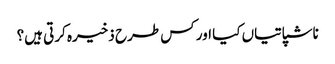
ناشپاتیاں کیا اور کس طرح ذخیرہ کرتی ہیں؟